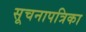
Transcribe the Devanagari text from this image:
सूचनापत्रिका